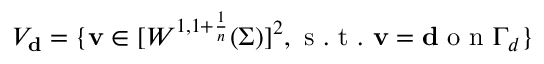
V _ { \mathbf { d } } = \{ \mathbf v \in [ W ^ { 1 , 1 + \frac { 1 } { n } } ( \Sigma ) ] ^ { 2 } , \mathrm { ~ s ~ . ~ t ~ . ~ } \mathbf v = \mathbf { d } \mathrm { ~ o ~ n ~ } \Gamma _ { d } \}